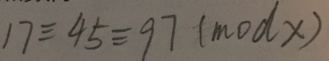
1 7 \equiv 4 5 \equiv 9 7 ( m o d x )